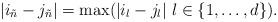
LaTeX: \begin{align*}|i_{\tilde n} - j_{\tilde n}| = \max (|i_l - j_l| \ l \in \left\{1, \ldots, d \right\} ) .\end{align*}